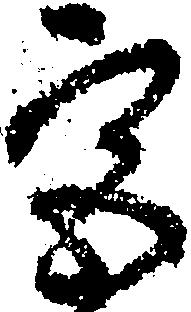
宮